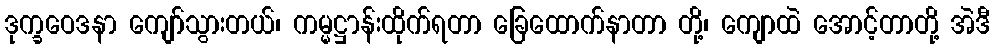
ဒုက္ခဝေဒနာ ကျော်သွားတယ်၊ ကမ္မဋ္ဌာန်းထိုက်ရတာ ခြေထောက်နာတာ တို့၊ ကျောထဲ အောင့်တာတို့ အဲဒီ